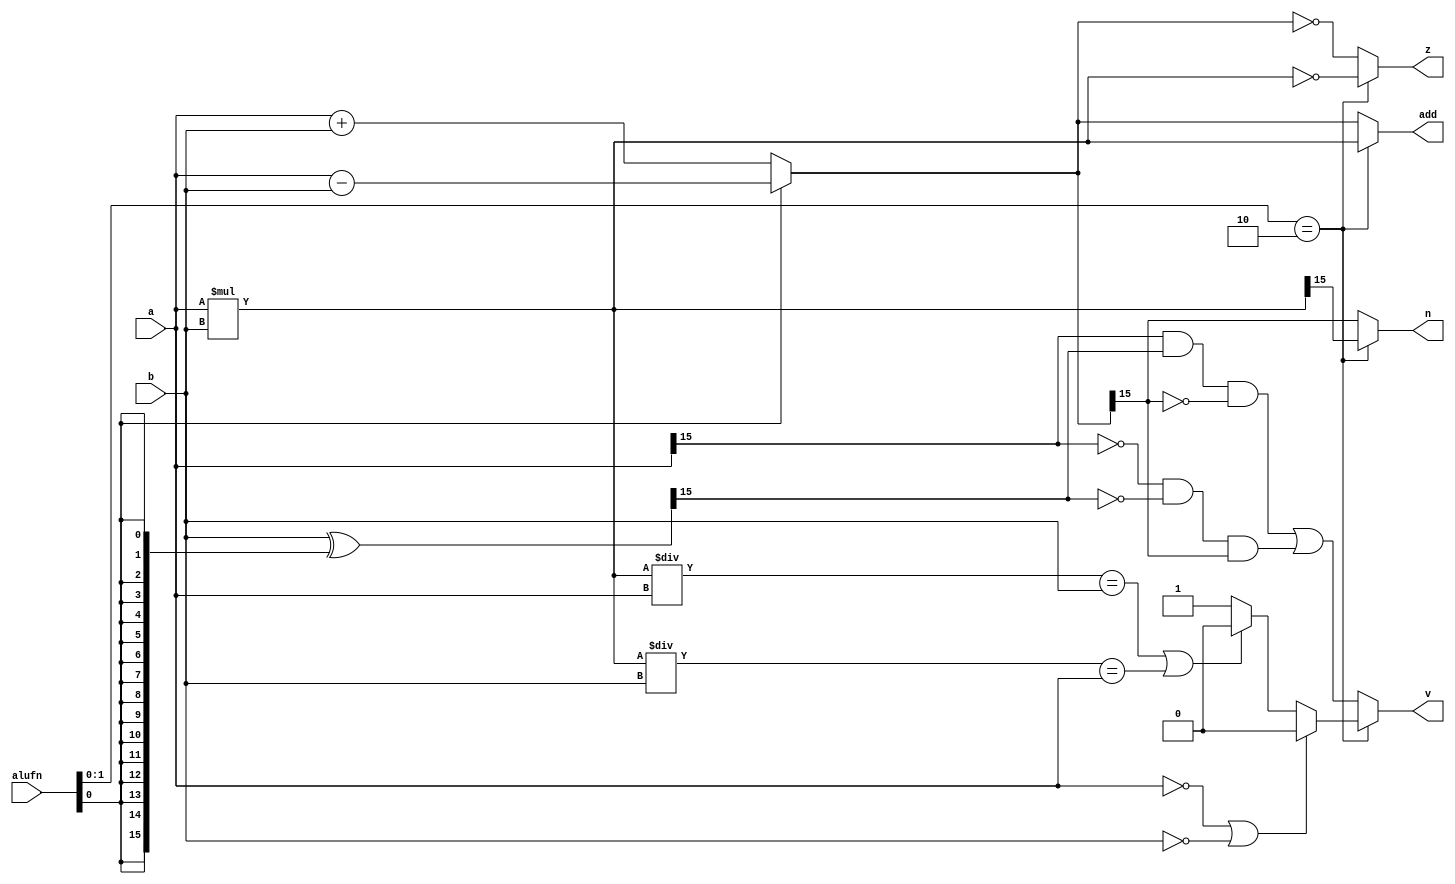
/*
   This file was generated automatically by Alchitry Labs version 1.2.7.
   Do not edit this file directly. Instead edit the original Lucid source.
   This is a temporary file and any changes made to it will be destroyed.
*/

module adder_13 (
    input [15:0] a,
    input [15:0] b,
    input [5:0] alufn,
    output reg [15:0] add,
    output reg z,
    output reg v,
    output reg n
  );
  
  
  
  reg [15:0] twoscomp_b;
  
  reg [15:0] addtemp;
  
  reg [15:0] multemp;
  
  always @* begin
    z = 1'h0;
    v = 1'h0;
    n = 1'h0;
    add = a;
    if (alufn[0+1-:2] == 2'h2) begin
      add = a * b;
      multemp = a * b;
      z = (multemp == 16'h0000);
      if ((a == 16'h0000) | (b == 16'h0000)) begin
        v = 1'h0;
      end else begin
        if ((multemp / a == b) | (multemp / b == a)) begin
          v = 1'h0;
        end else begin
          v = 1'h1;
        end
      end
      n = multemp[15+0-:1];
    end else begin
      twoscomp_b = b ^ {5'h10{alufn[0+0-:1]}};
      if (alufn[0+0-:1]) begin
        addtemp = a - b;
      end else begin
        addtemp = a + b;
      end
      add = addtemp;
      z = (addtemp == 16'h0000);
      v = (a[15+0-:1] & twoscomp_b[15+0-:1] & !addtemp[15+0-:1]) || (!a[15+0-:1] & !twoscomp_b[15+0-:1] & addtemp[15+0-:1]);
      n = addtemp[15+0-:1];
    end
  end
endmodule